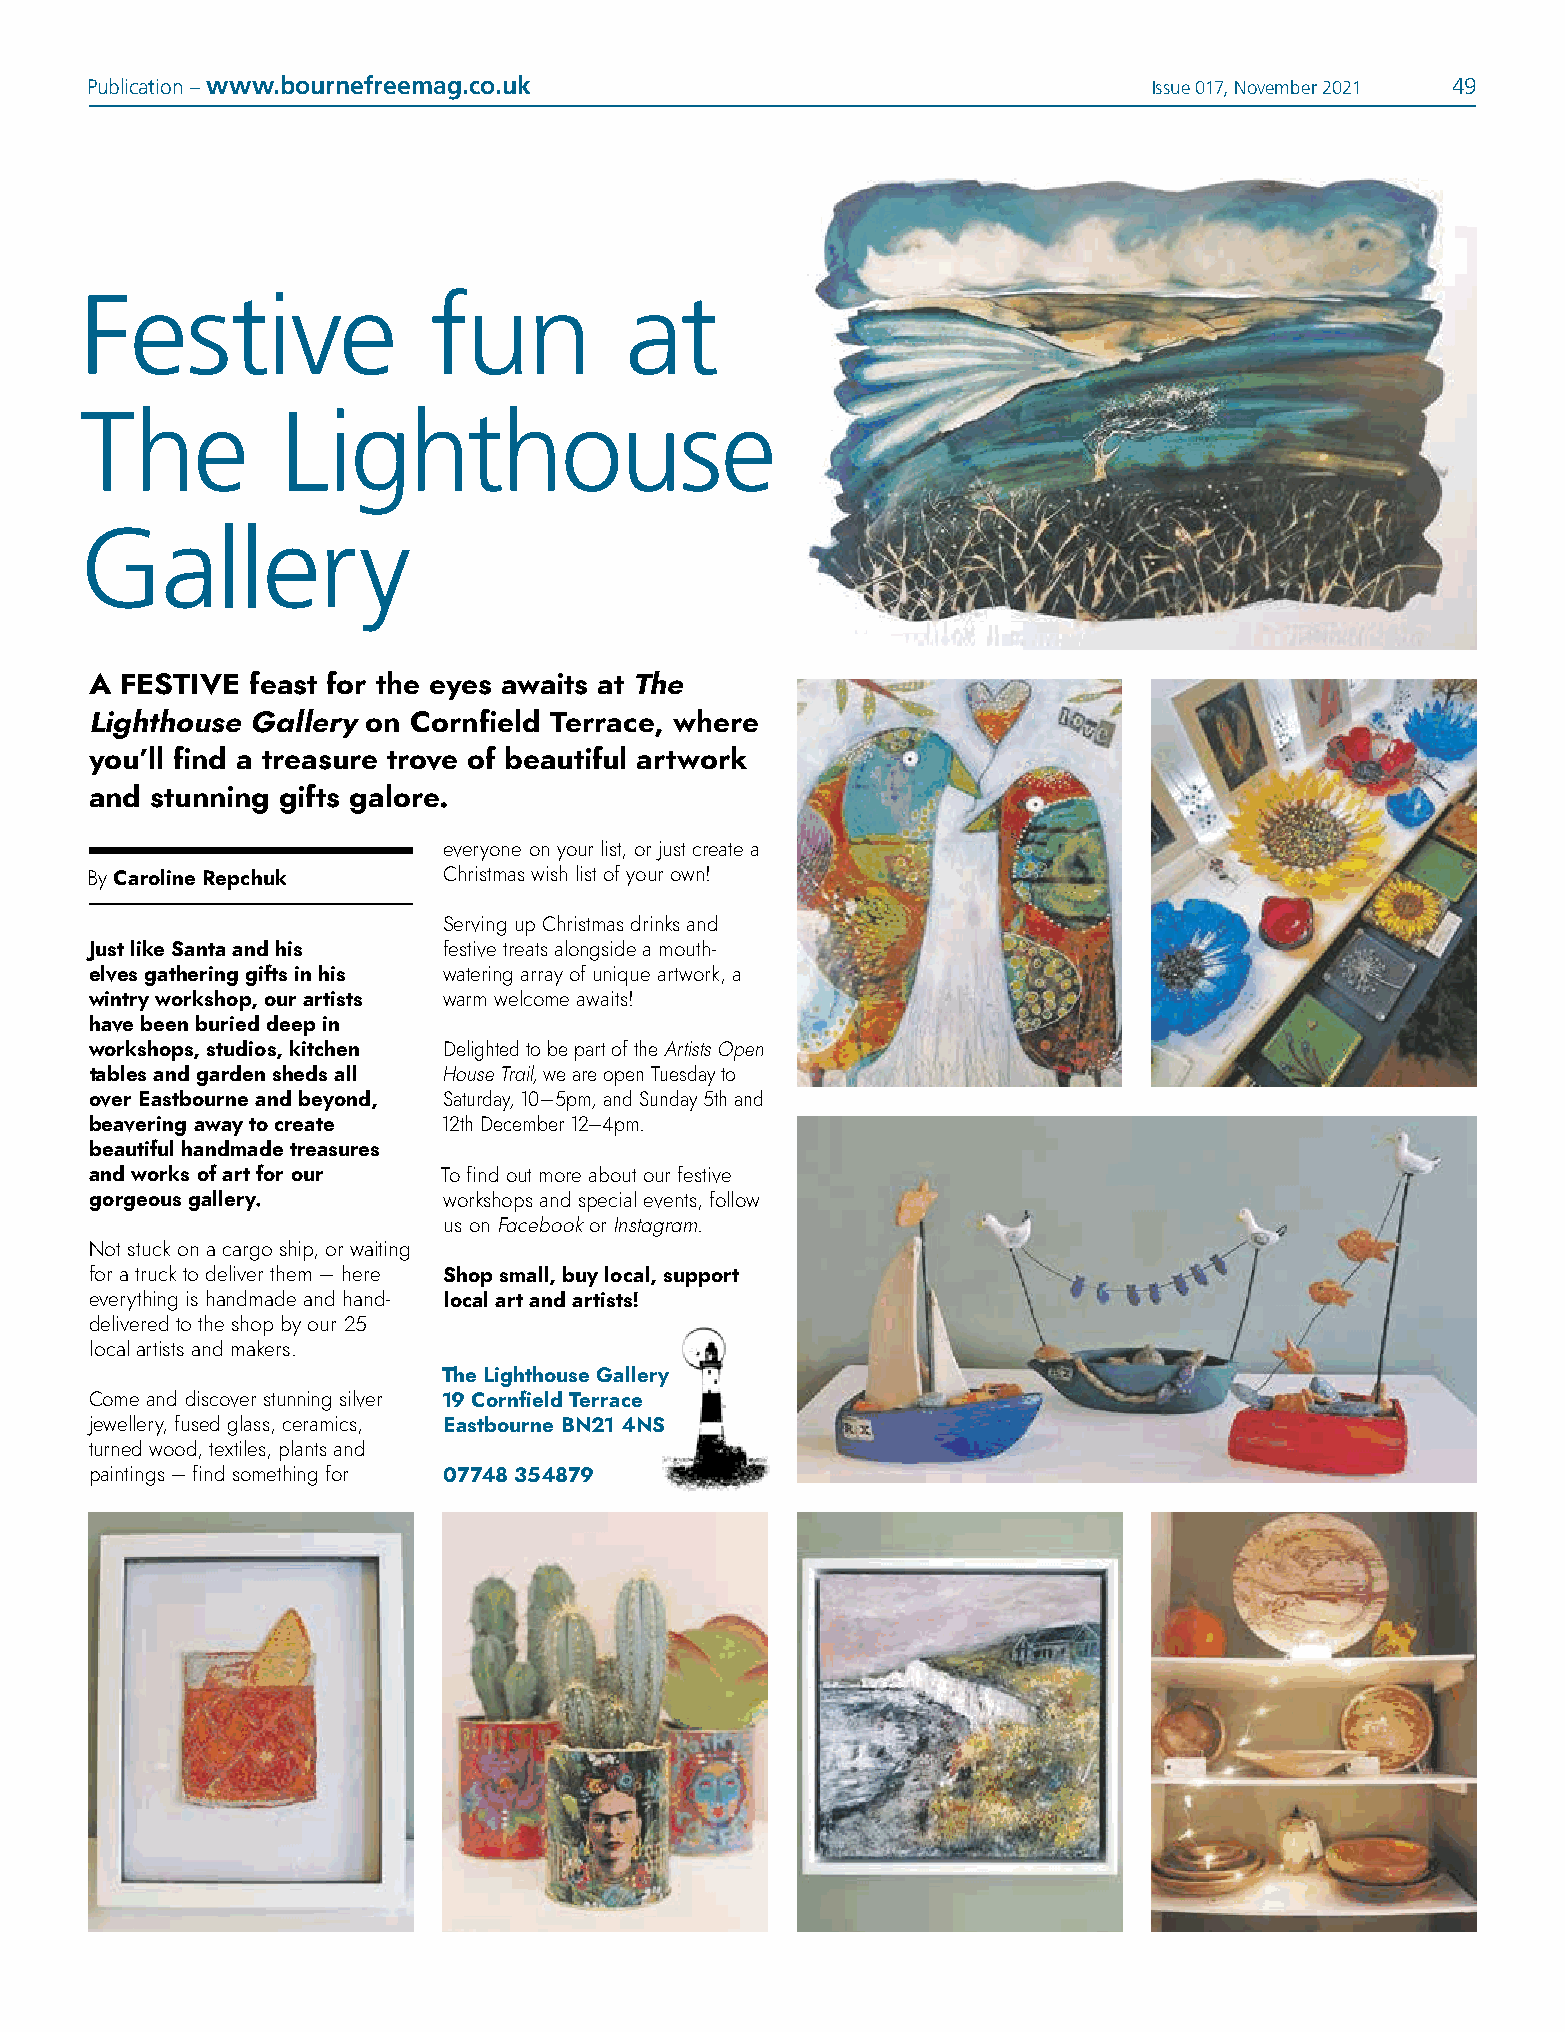
Publication – www.bournefreemag.co.uk                                 Issue 017, November 2021 49
 Festive                fun          at
 The           Lighthouse
 Gallery
 A FESTIVE  feast for the eyes awaits at The
 Lighthouse Gallery on Cornfield Terrace, where
 you’ll find a treasure trove of beautiful artwork
 and stunning gifts galore.
 everyone on your list, or just create a
 By Caroline Repchuk    Christmas wish list of your own!
 Serving up Christmas drinks and
 Just like Santa and his festive treats alongside a mouth-
 elves gathering gifts in his watering array of unique artwork, a
 wintry workshop, our artists warm welcome awaits!
 have been buried deep in
 workshops, studios, kitchen Delighted to be part of the Artists Open
 tables and garden sheds all House Trail, we are open Tuesday to
 over Eastbourne and beyond, Saturday, 10–5pm, and Sunday 5th and
 beavering away to create 12th December 12–4pm.
 beautiful handmade treasures
 and works of art for our To find out more about our festive
 gorgeous gallery.      workshops and special events, follow
 us on Facebook or Instagram.
 Not stuck on a cargo ship, or waiting
 for a truck to deliver them – here Shop small, buy local, support
 everything is handmade and hand- local art and artists!
 delivered to the shop by our 25
 local artists and makers.
 The Lighthouse Gallery
 Come and discover stunning silver 19 Cornfield Terrace
 jewellery, fused glass, ceramics, Eastbourne BN21 4NS
 turned wood, textiles, plants and
 paintings – find something for 07748 354879